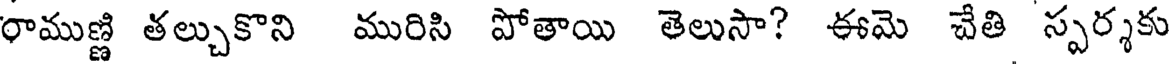
రాముణ్ణి తల్చుకొని మురిసి పోతాయి తెలుసా? ఈమె చేతి స్పర్శకు